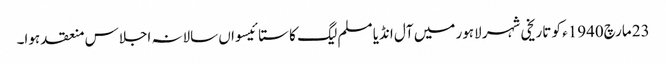
23 مارچ1940ء کو تاریخی شہر لاہور میں آل انڈیا مسلم لیگ کا ستائیسواں سالانہ اجلاس منعقد ہوا۔